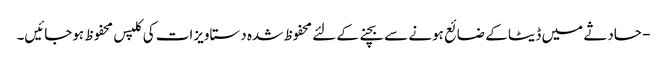
- حادثے میں ڈیٹا کے ضائع ہونے سے بچنے کے لئے محفوظ شدہ دستاویزات کی کلپس محفوظ ہوجائیں۔